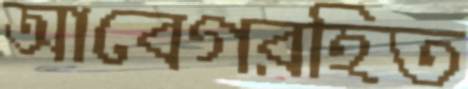
আবেগরহিত